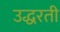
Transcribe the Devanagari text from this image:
उद्धरती